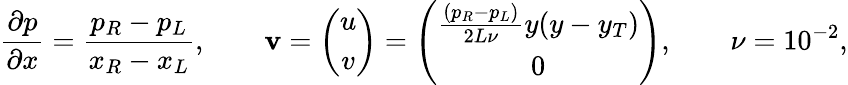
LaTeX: \frac{\partial p}{\partial x}=\frac{p_{R}-p_{L}}{x_{R}-x_{L}},\qquad\mathbf{v}=\left(\begin{array}{c}{u}\\ {v}\end{array}\right)=\left(\begin{array}{c}{\frac{(p_{R}-p_{L})}{2L\nu}y(y-y_{T})}\\ {0}\end{array}\right),\qquad\nu=10^{-2},